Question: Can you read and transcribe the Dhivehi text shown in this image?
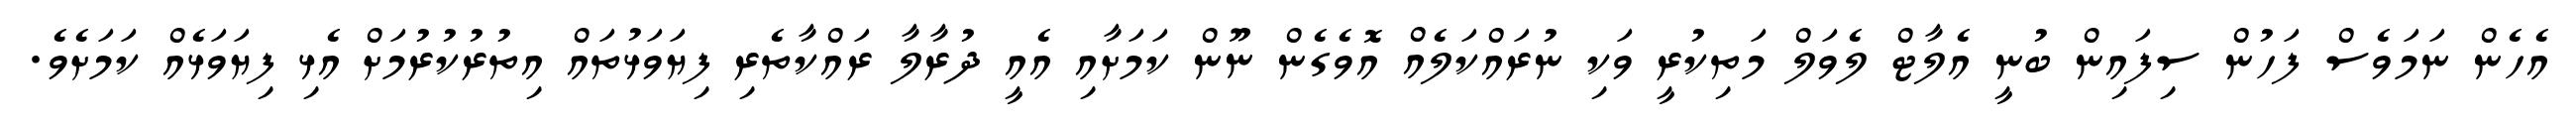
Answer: އެހެން ނަމަވެސް ފަހުން ސިފައިން ބުނީ އެލާޓް ލެވަލް މަތިކުރީ ވަކި ނުރައްކަލެއް އޮވެގެން ނޫން ކަމަށާއި އެއީ ދުރާލާ ރައްކާތެރި ފިޔަވަޅުތައް އިތުރުކުރުމަށް އެޅި ފިޔަވަޅެއް ކަމަށެވެ.